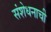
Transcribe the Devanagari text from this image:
संशेधनाची